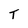
Character: T